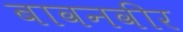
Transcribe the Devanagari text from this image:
बावनवीर